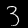
Label: 3